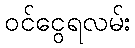
ဝင်ငွေရလမ်း